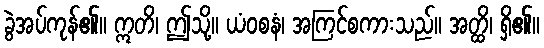
ခွဲအပ်ကုန်၏။ ဣတိ၊ ဤသို့။ ယံဝစနံ၊ အကြင်စကားသည်။ အတ္ထိ၊ ရှိ၏။